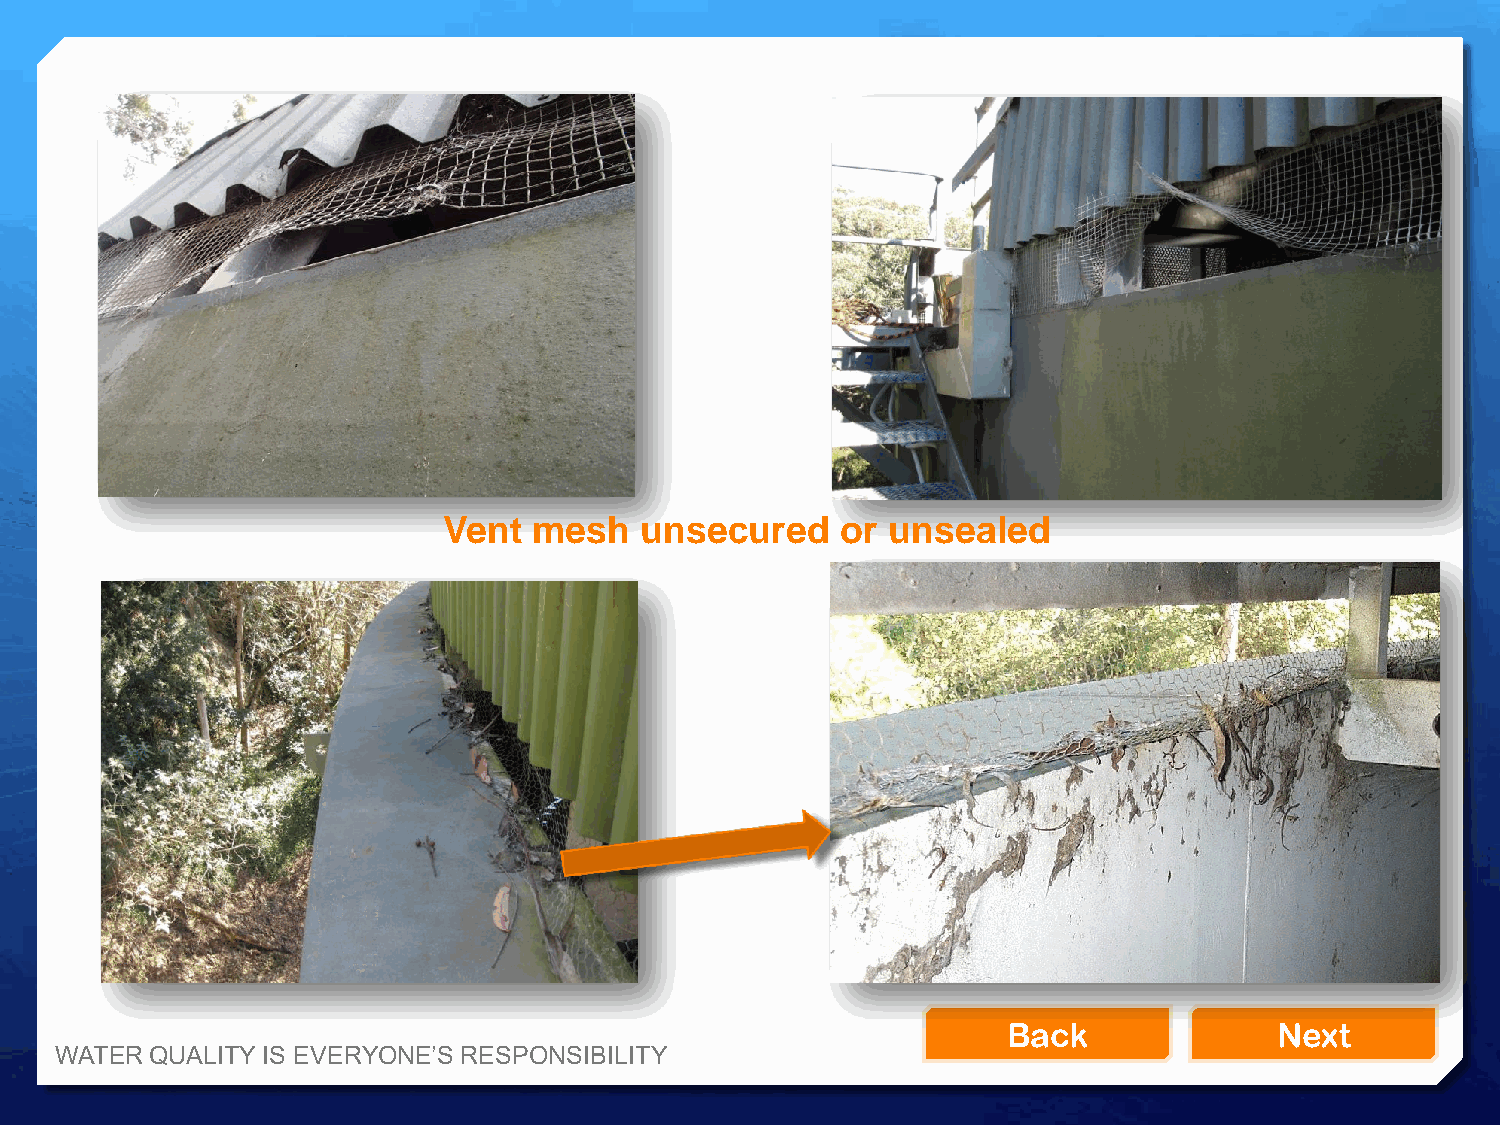
Vent  mesh   unsecured     or unsealed
 Back              Next
 WATER QUALITY IS EVERYONE’S RESPONSIBILITY